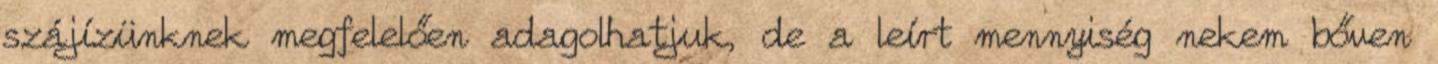
szájízünknek megfelelően adagolhatjuk, de a leírt mennyiség nekem bőven